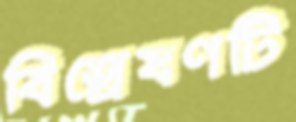
বিশ্লেষণটি